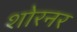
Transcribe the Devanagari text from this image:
शोरनर